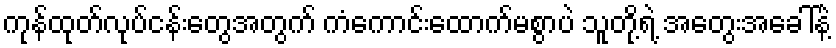
ကုန်ထုတ်လုပ်ငန်းတွေအတွက် ကံကောင်းထောက်မစွာပဲ သူတို့ရဲ့ အတွေးအခေါ်နဲ့